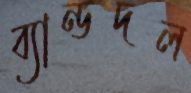
ব্যান্ডদল